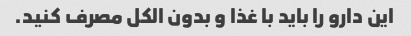
این دارو را باید با غذا و بدون الکل مصرف کنید.